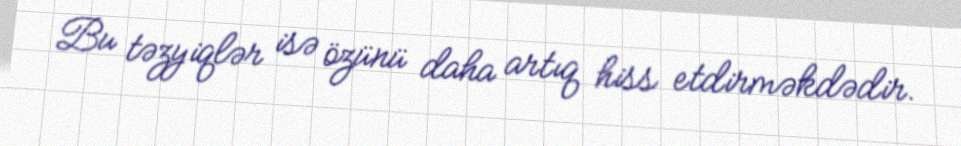
Bu təzyiqlər isə özünü daha artıq hiss etdirməkdədir.